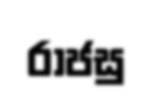
රාජසු